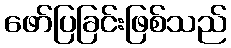
ဖော်ပြခြင်းဖြစ်သည်